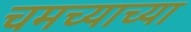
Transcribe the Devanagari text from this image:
चमच्याच्या